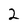
Character: 2